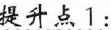
提升点1：